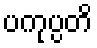
ပကုပ္ပတိ